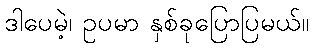
ဒါပေမဲ့၊ ဥပမာ နှစ်ခုပြောပြမယ်။